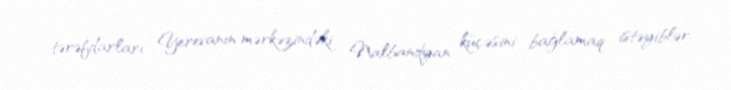
tərəfdarları Yerevanın mərkəzindəki Nalbandyan küçəsini bağlamaq istəyiblər.